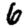
Digit: 6